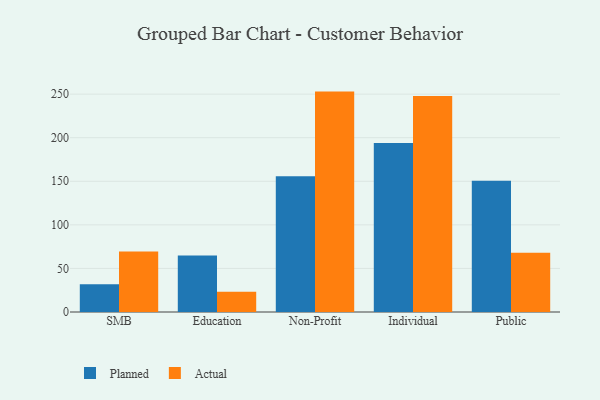
{"axis": {"x": "Segment", "y": "Customer Acquisition Cost (USD)"}, "legend": ["Actual", "Planned"], "data": [{"x": "SMB", "y": 31.7, "type": "Planned"}, {"x": "SMB", "y": 69.5, "type": "Actual"}, {"x": "Education", "y": 64.7, "type": "Planned"}, {"x": "Education", "y": 23.3, "type": "Actual"}, {"x": "Non-Profit", "y": 155.8, "type": "Planned"}, {"x": "Non-Profit", "y": 252.9, "type": "Actual"}, {"x": "Individual", "y": 193.9, "type": "Planned"}, {"x": "Individual", "y": 247.9, "type": "Actual"}, {"x": "Public", "y": 150.5, "type": "Planned"}, {"x": "Public", "y": 68.0, "type": "Actual"}]}